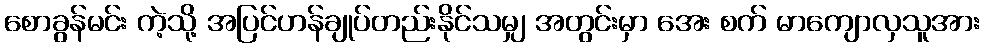
စောခွန်မင်း ကဲ့သို့ အပြင်ဟန်ချုပ်တည်းနိုင်သမျှ အတွင်းမှာ အေး စက် မာကျောလှသူအား